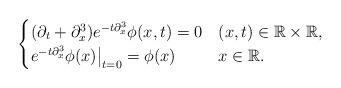
LaTeX: \begin{align*}\begin{cases}(\partial_t+\partial_x^3)e^{-t\partial_x^3}\phi(x,t)=0& (x,t)\in \mathbb{R}\times\mathbb{R},\\e^{-t\partial_x^3}\phi(x)\big|_{t=0}=\phi(x)& x\in\mathbb{R}.\end{cases} \end{align*}